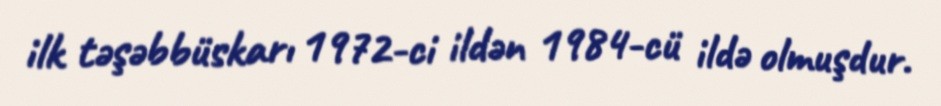
ilk təşəbbüskarı 1972-ci ildən 1984-cü ildə olmuşdur.